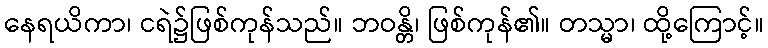
နေရယိကာ၊ ငရဲ၌ဖြစ်ကုန်သည်။ ဘဝန္တိ၊ ဖြစ်ကုန်၏။ တသ္မာ၊ ထို့ကြောင့်။